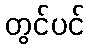
တွင်ပင်